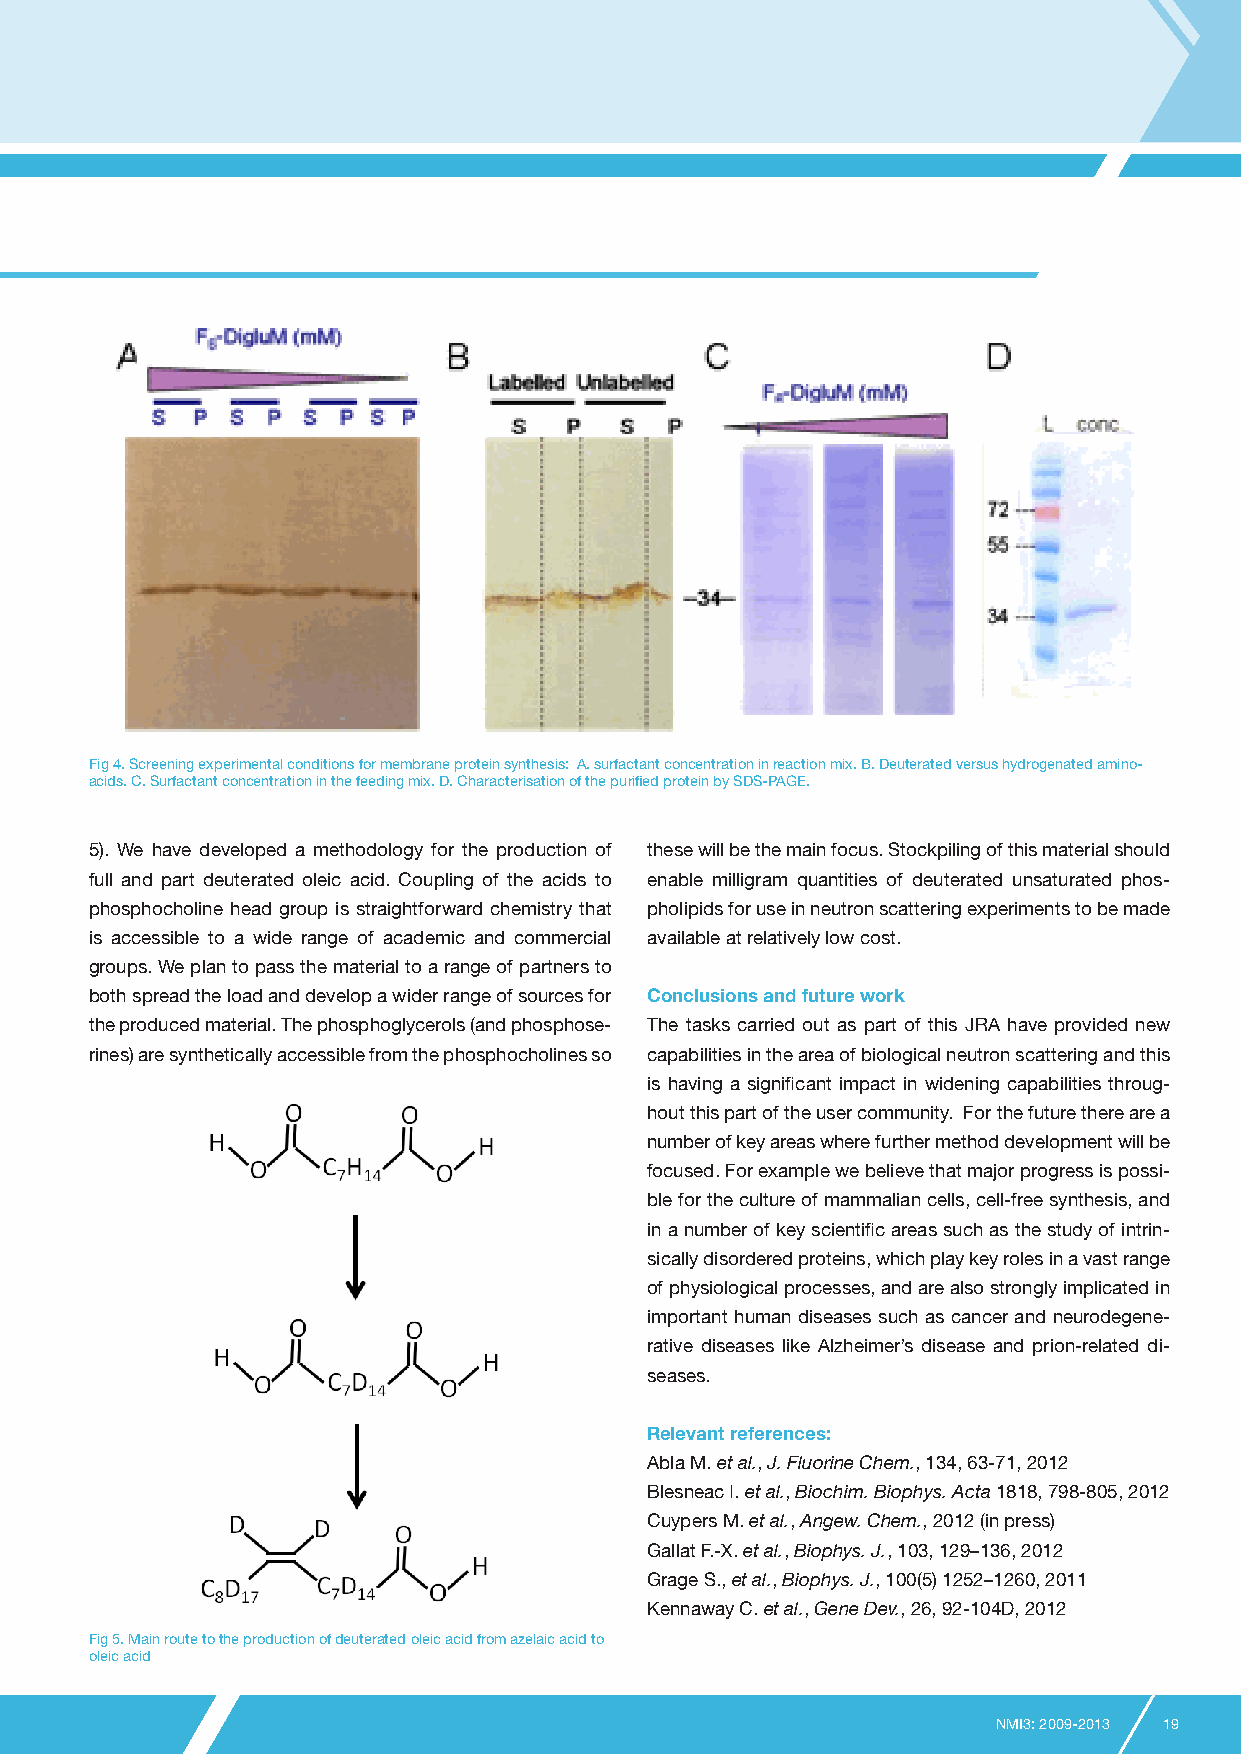
Fig 4. Screening experimental conditions for membrane protein synthesis: A. surfactant concentration in reaction mix. B. Deuterated versus hydrogenated amino-
 acids. C. Surfactant concentration in the feeding mix. D. Characterisation of the purified protein by SDS-PAGE.
 5). We have developed a methodology for the production of these will be the main focus. Stockpiling of this material should
 full and part deuterated oleic acid. Coupling of the acids to enable milligram quantities of deuterated unsaturated phos-
 phosphocholine head group is straightforward chemistry that pholipids for use in neutron scattering experiments to be made
 is accessible to a wide range of academic and commercial available at relatively low cost.
 groups. We plan to pass the material to a range of partners to
 both spread the load and develop a wider range of sources for Conclusions and future work
 the produced material. The phosphoglycerols (and phosphose- The tasks carried out as part of this JRA have provided new
 rines) are synthetically accessible from the phosphocholines so capabilities in the area of biological neutron scattering and this
 is having a significant impact in widening capabilities throug-
 hout this part of the user community. For the future there are a
 number of key areas where further method development will be
 focused. For example we believe that major progress is possi-
 ble for the culture of mammalian cells, cell-free synthesis, and
 in a number of key scientific areas such as the study of intrin-
 sically disordered proteins, which play key roles in a vast range
 of physiological processes, and are also strongly implicated in
 important human diseases such as cancer and neurodegene-
 rative diseases like Alzheimer’s disease and prion-related di-
 seases.
 Relevant references:
 Abla M. et al., J. Fluorine Chem., 134, 63-71, 2012
 Blesneac I. et al., Biochim. Biophys. Acta 1818, 798-805, 2012
 Cuypers M. et al., Angew. Chem., 2012 (in press)
 Gallat F.-X. et al., Biophys. J., 103, 129–136, 2012
 Grage S., et al., Biophys. J., 100(5) 1252–1260, 2011
 Kennaway C. et al., Gene Dev., 26, 92-104D, 2012
 Fig 5. Main route to the production of deuterated oleic acid from azelaic acid to
 oleic acid
 NMI3: 2009-2013 19